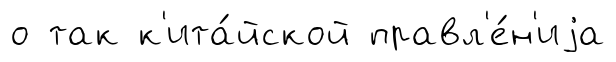
о так к'ита́йской правл'е́н'иjа